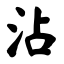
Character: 沾